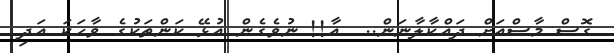
ގޮސް މާސްއަށް ދައްކާލާނަން..  އާ!! ނުވެގެން އުޅޭ ކަންތަކުގެ ވާހަކަ އަދި